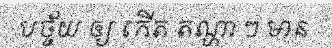
បច្ច័យ ឲ្យ កើត តណ្ហា ៗ មាន